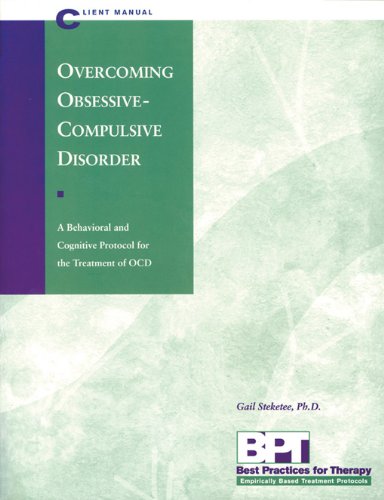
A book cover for Overcoming Obsessive-Compulsive Disorder - Client Manual (Best Practices for Therapy); Matthew McKay PhD; Health, Fitness & Dieting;